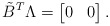
\begin{align*}\tilde{B}^T\Lambda = \left[\begin{matrix}0 &0\end{matrix}\right].\end{align*}